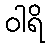
ဝါရိ